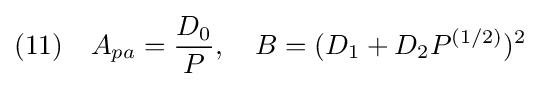
(11)\quad A_{pa}={\frac {D_{0}}{P}},\quad B=(D_{1}+D_{2}P^{(1/2)})^{2}